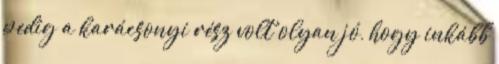
pedig a karácsonyi rész volt olyan jó, hogy inkább